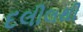
દલીલથી